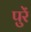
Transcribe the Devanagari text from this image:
पुरें